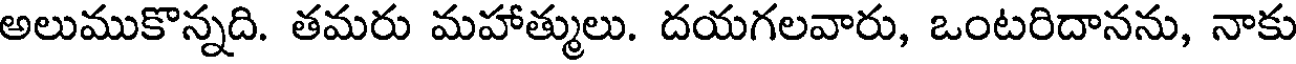
అలుముకొన్నది. తమరు మహాత్ములు. దయగలవారు, ఒంటరిదానను, నాకు